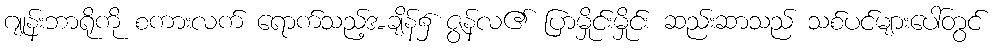
ဂျုန်းဘာရိုကို စကားလက် ရောက်သည့်အချိန်၌ ဇွန်လ၏ ပြာမှိုင်းမှိုင်း ဆည်းဆာသည် သစ်ပင်များပေါ်တွင်